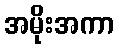
အမိုးအကာ